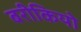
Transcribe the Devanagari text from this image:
बरीकियो